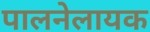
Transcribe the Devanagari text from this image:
पालनेलायक